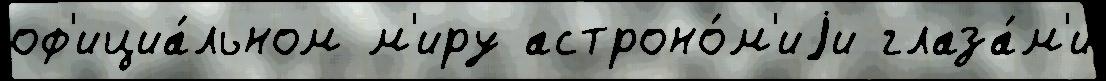
оф'ициа́льном м'иру астроно́м'иjи глаза́м'и